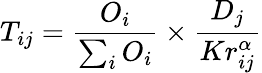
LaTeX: T_{ij}=\frac{O_{i}}{\sum_{i}O_{i}}\times\frac{D_{j}}{Kr_{ij}^{\alpha}}